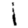
Digit: 1